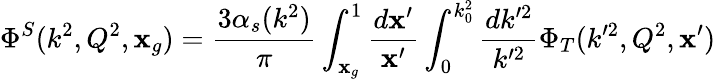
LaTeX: \Phi^{S}(k^{2},Q^{2},\mathbf{x}_{g})={\frac{{3\alpha_{s}(k^{2})}}{{\pi}}}\int_{\mathbf{x}_{g}}^{1}{\frac{{d\mathbf{x}^{\prime}}}{{\mathbf{x}^{\prime}}}}\int_{0}^{k_{0}^{2}}{\frac{{dk^{\prime2}}}{{k^{\prime2}}}}\Phi_{T}(k^{\prime2},Q^{2},\mathbf{x}^{\prime})